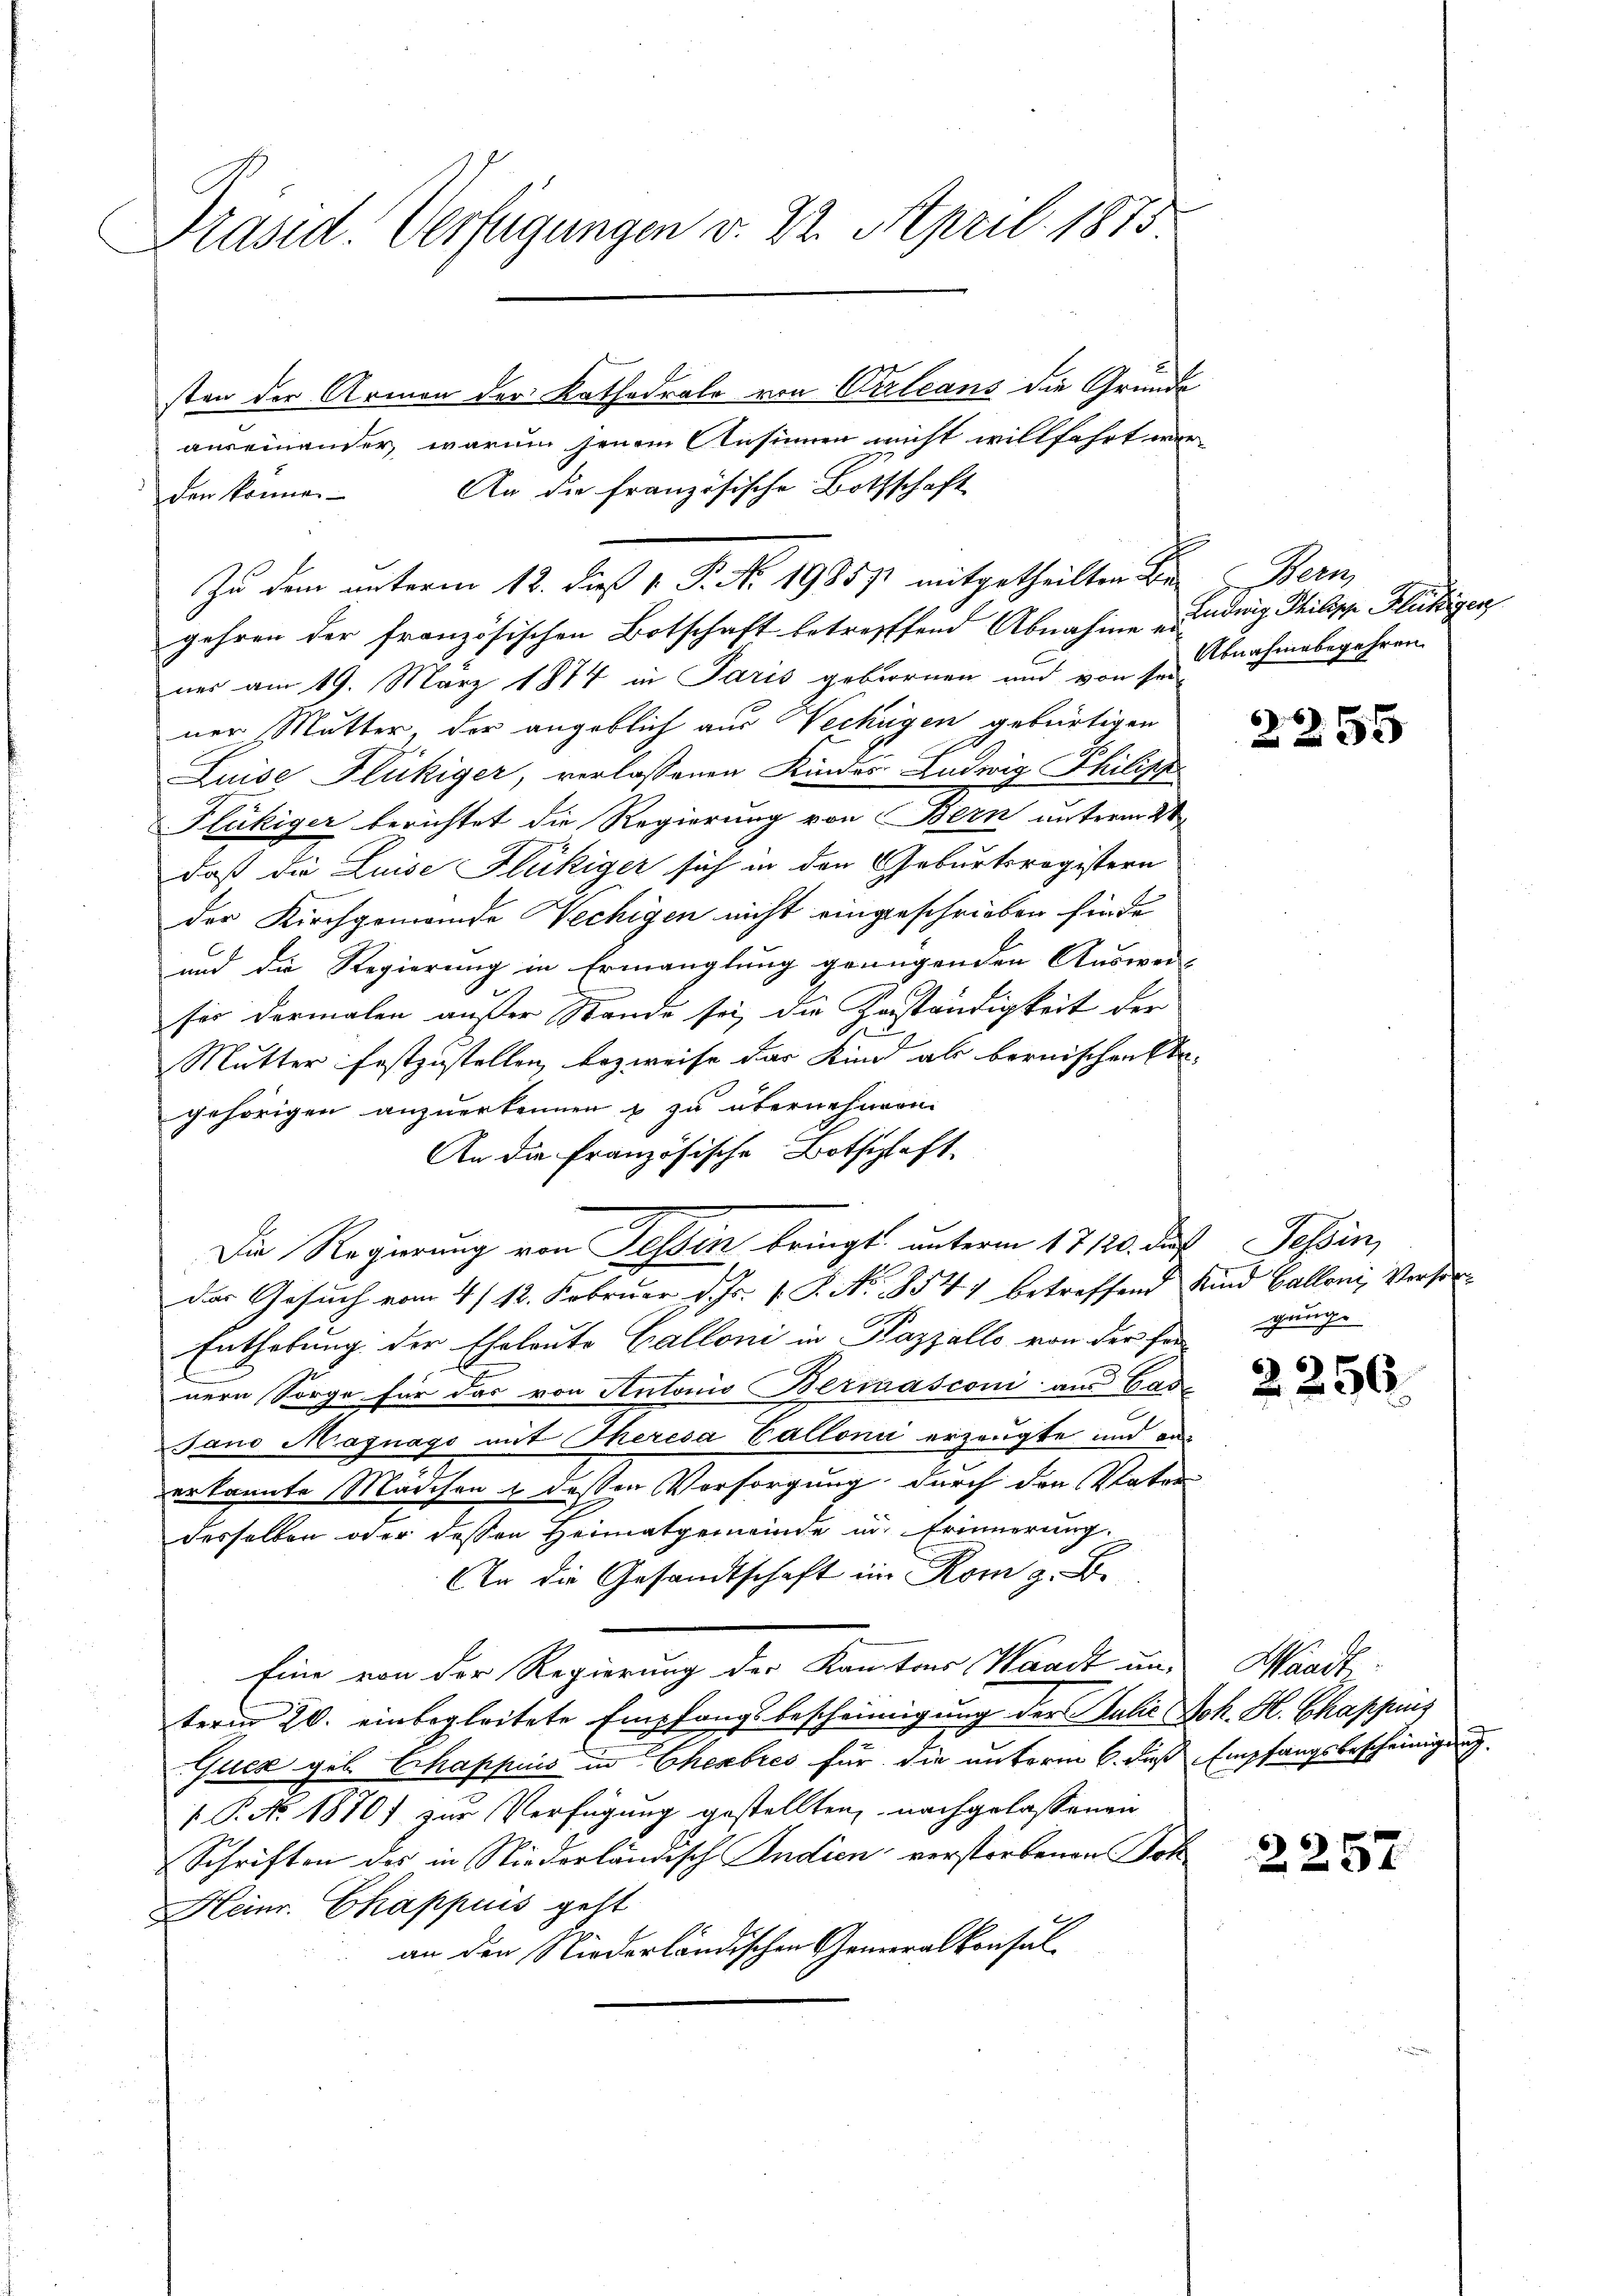
Präsid. Verfügungen v. 22. April 1875.

sten der Armen der Kathedrale von Vulcans die Gründe
auseinander warum jenem Ansinnen nicht willfahrt wer-
An die französische Bottschaft
den könne.
gehren der französischen Botschaft betreffend Abnahme Ludwig Philipp Fleißigen
nes am 19. März 1874 in Paris gebornen und von sei
ner Mutter, der angeblich aus Vechügen gebürtigen
Luise Flückiger, verlassenen Kindes Ludwig Philipp
Fläkiger berichtet die Regierung von Bern unterm 21
daß die Luise Flückiger sich in den Geburtsregistern
der Kirchgemeinde Wechigen nicht eingeschrieben finde
und die Regierung in Ermanglung genügenden Auswer-
fer dermalen außer Stande sei, die Zuständigkeit der
Mutter festzustellen, bezweife das Kind als bernischen Ergehörigen anzuerkennen & zu übernehmen.
An die Französische Botschaft
Die Regierung von Tessin bringt, unterm 17120. des Tessin,
das Gesuch vom 4/ 12. Februar d. Js. v. J. No. 354) betreffend Kind Balloni, Versor¬
Enthebung der Eheleute Calloni in Pazzallo von der Fer
nern Sorge für das von Antonio Bernasconi aus Gad
Jano Magnago mit Theresa Callonić erzeugte und aus
erkannte Mädchen & dessen Vorsorgung durch den Vater
desselben oder deßen Heimatgemeinde in Erinnerung.
An die Gesandtschaft im Rom z. B.
Eine von der Regierung der Kantons Waadt un-
term 20. einbegleitete Empfangsbescheinigung der Julie Joh. H. Chappins
Quer geb. Echappuis in Eheabres für die unterm 6. dieß Empfangsbescheinigung
§ P. Nr. 1870] zur Verfügung gestellten, nachgelassenen
Schriften des in Niederländisch Indien verstorbenen Soh
Heinr. Chappuis geht
an den Niederländischen Generalkonsul

Zu dem unterm 12. Fuß v. P. Nr. 19857 mitgetheilten Bern Bern,

Abnahmebegehren.

2255

gringe

2256.

Waadt,

2257